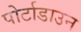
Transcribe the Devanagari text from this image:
पोर्टाडाउन